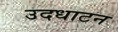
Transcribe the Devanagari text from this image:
उदधाटन